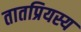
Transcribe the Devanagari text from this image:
तातप्रियस्य